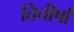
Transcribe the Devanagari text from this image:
तितीर्षा